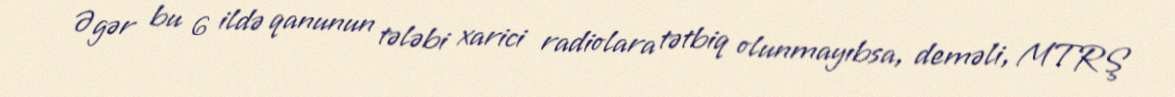
Əgər bu 6 ildə qanunun tələbi xarici radiolara tətbiq olunmayıbsa, deməli, MTRŞ